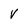
Character: v